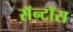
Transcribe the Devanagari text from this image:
सॅन्टाॅस